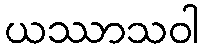
ယဿာသဝါ